General report no. 6 on the lunatic asylums, vaccination and dispensaries in the Bengal Presidency, 1873 -
Year: 1873
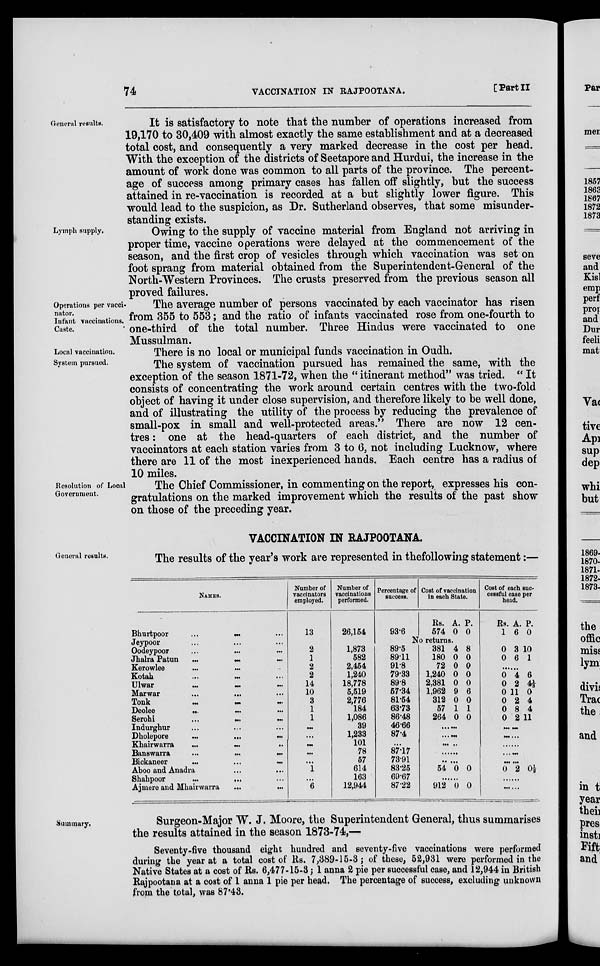
74
VACCINATION IN RAJPOOTANA.
[Part II
General results.
It is satisfactory to note that the number of operations increased from
19,170 to 30,409 with almost exactly the same establishment and at a decreased
total cost, and consequently a very marked decrease in the cost per head.
With the exception of the districts of Seetapore and Hurdui, the increase in the
amount of work done was common to all parts of the province. The percent-
age of success among primary cases has fallen off slightly, but the success
attained in re-vaccination is recorded at a but slightly lower figure. This
would lead to the suspicion, as Dr. Sutherland observes, that some misunder-
standing exists.
Lymph supply.
Owing to the supply of vaccine material from England not arriving in
proper time, vaccine operations were delayed at the commencement of the
season, and the first crop of vesicles through which vaccination was set on
foot sprang from material obtained from the Superintendent-General of the
North-Western Provinces. The crusts preserved from the previous season all
proved failures.
Operations per vacci-
nator.
Infant vaccinations.
Caste.
The average number of persons vaccinated by each vaccinator has risen
from 355 to 553; and the ratio of infants vaccinated rose from one-fourth to
one-third of the total number. Three Hindus were vaccinated to one
Mussulman.
Local vaccination.
There is no local or municipal funds vaccination in Oudh.
System pursued.
The system of vaccination pursued has remained the same, with the
exception of the season 1871-72, when the " itinerant method" was tried. " It
consists of concentrating the work around certain centres with the two-fold
object of having it under close supervision, and therefore likely to be well done,
and of illustrating the utility of the process by reducing the prevalence of
small-pox in small and well-protected areas." There are now 12 cen-
tres : one at the head-quarters of each district, and the number of
vaccinators at each station varies from 3 to 6, not including Lucknow, where
there are 11 of the most inexperienced hands. Each centre has a radius of
10 miles.
Resolution of Local
Government.
The Chief Commissioner, in commenting on the report, expresses his con-
gratulations on the marked improvement which the results of the past show
on those of the preceding year.
VACCINATION IN RAJPOOTANA.
General results.
The results of the year's work are represented in thefollowing statement:—
NAMES.
Bhurtpoor
...
...
...
Jeypoor
...
...
...
Oodeypoor
...
...
...
Jhalra Patun
...
...
...
Kerowlee
...
... ...
Kotah
...
... ... ...
Ulwar
...
...
...
Marwar
...
...
...
Tonk
...
...
...
Deolee
...
...
...
Serohi
...
...
...
Indurghur
...
...
...
Dholepore
...
...
...
Khairwarra
...
...
...
Banswarra
...
...
...
Bickaneer
...
...
...
Aboo and Anadra
...
...
Shahpoor...
...
Ajmere and Mhairwarra...
...
Number of
vaccinators
employed.
13
Number of
vaccinations
performed.
26,154
Percentage of
success.
93.6
Cost of vaccination
in each State.
Rs.
574
A.
0
P.
0
Cost of each suc-
cessful case per
head.
Rs.
1
A.
6
P.
0
No returns.
2
1
2
2
14
10
3
1
1
...
...
...
...
...
1
...
6
1,873
582
2,454
1,240
18,778
5,519
2,776
184
1,086
39
1,233
101
78
57
614
163
12,944
89.5
89.11
91.8
79.33
89.8
57.34
81.54
63.73
86.48
46.66
87.4
...
87.17
73.91
83.25
69.67
87.22
381
180
72
1,240
2,381
1,962
312
57
264
4
0
0
0
0
9
0
1
0
8
0
0
0
0
6
0
1
0
......
......
......
......
......
54 0 0
......
912 0 0
0
0
3
6
10
1
......
0
0
0
0
0
0
4
2
11
2
8
2
6
4½
0
4
4
11
......
......
......
......
......
0 2 0½
......
......
Summary.
Surgeon-Major W. J. Moore, the Superintendent General, thus summarises
the results attained in the season 1873-74,—
Seventy-five thousand eight hundred and seventy-five vaccinations were performed
during the year at a total cost of Rs, 7,389-15-3; of these, 52,931 were performed in the
Native States at a cost of Rs. 6,477-15-3; 1 anna 2 pie per successful case, and 12,944 in British
Rajpootana at a cost of 1 anna 1 pie per head, The percentage of success, excluding unknown
from the total, was 87.43.